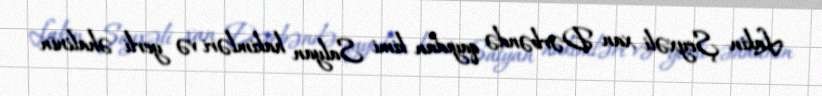
Lakin Şeyxəli xan Dərbəndə qayıdan kimi Salyan hakimləri və yerli əhalinin